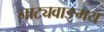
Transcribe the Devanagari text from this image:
नाट्यवाङ्‌मय